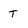
Character: T